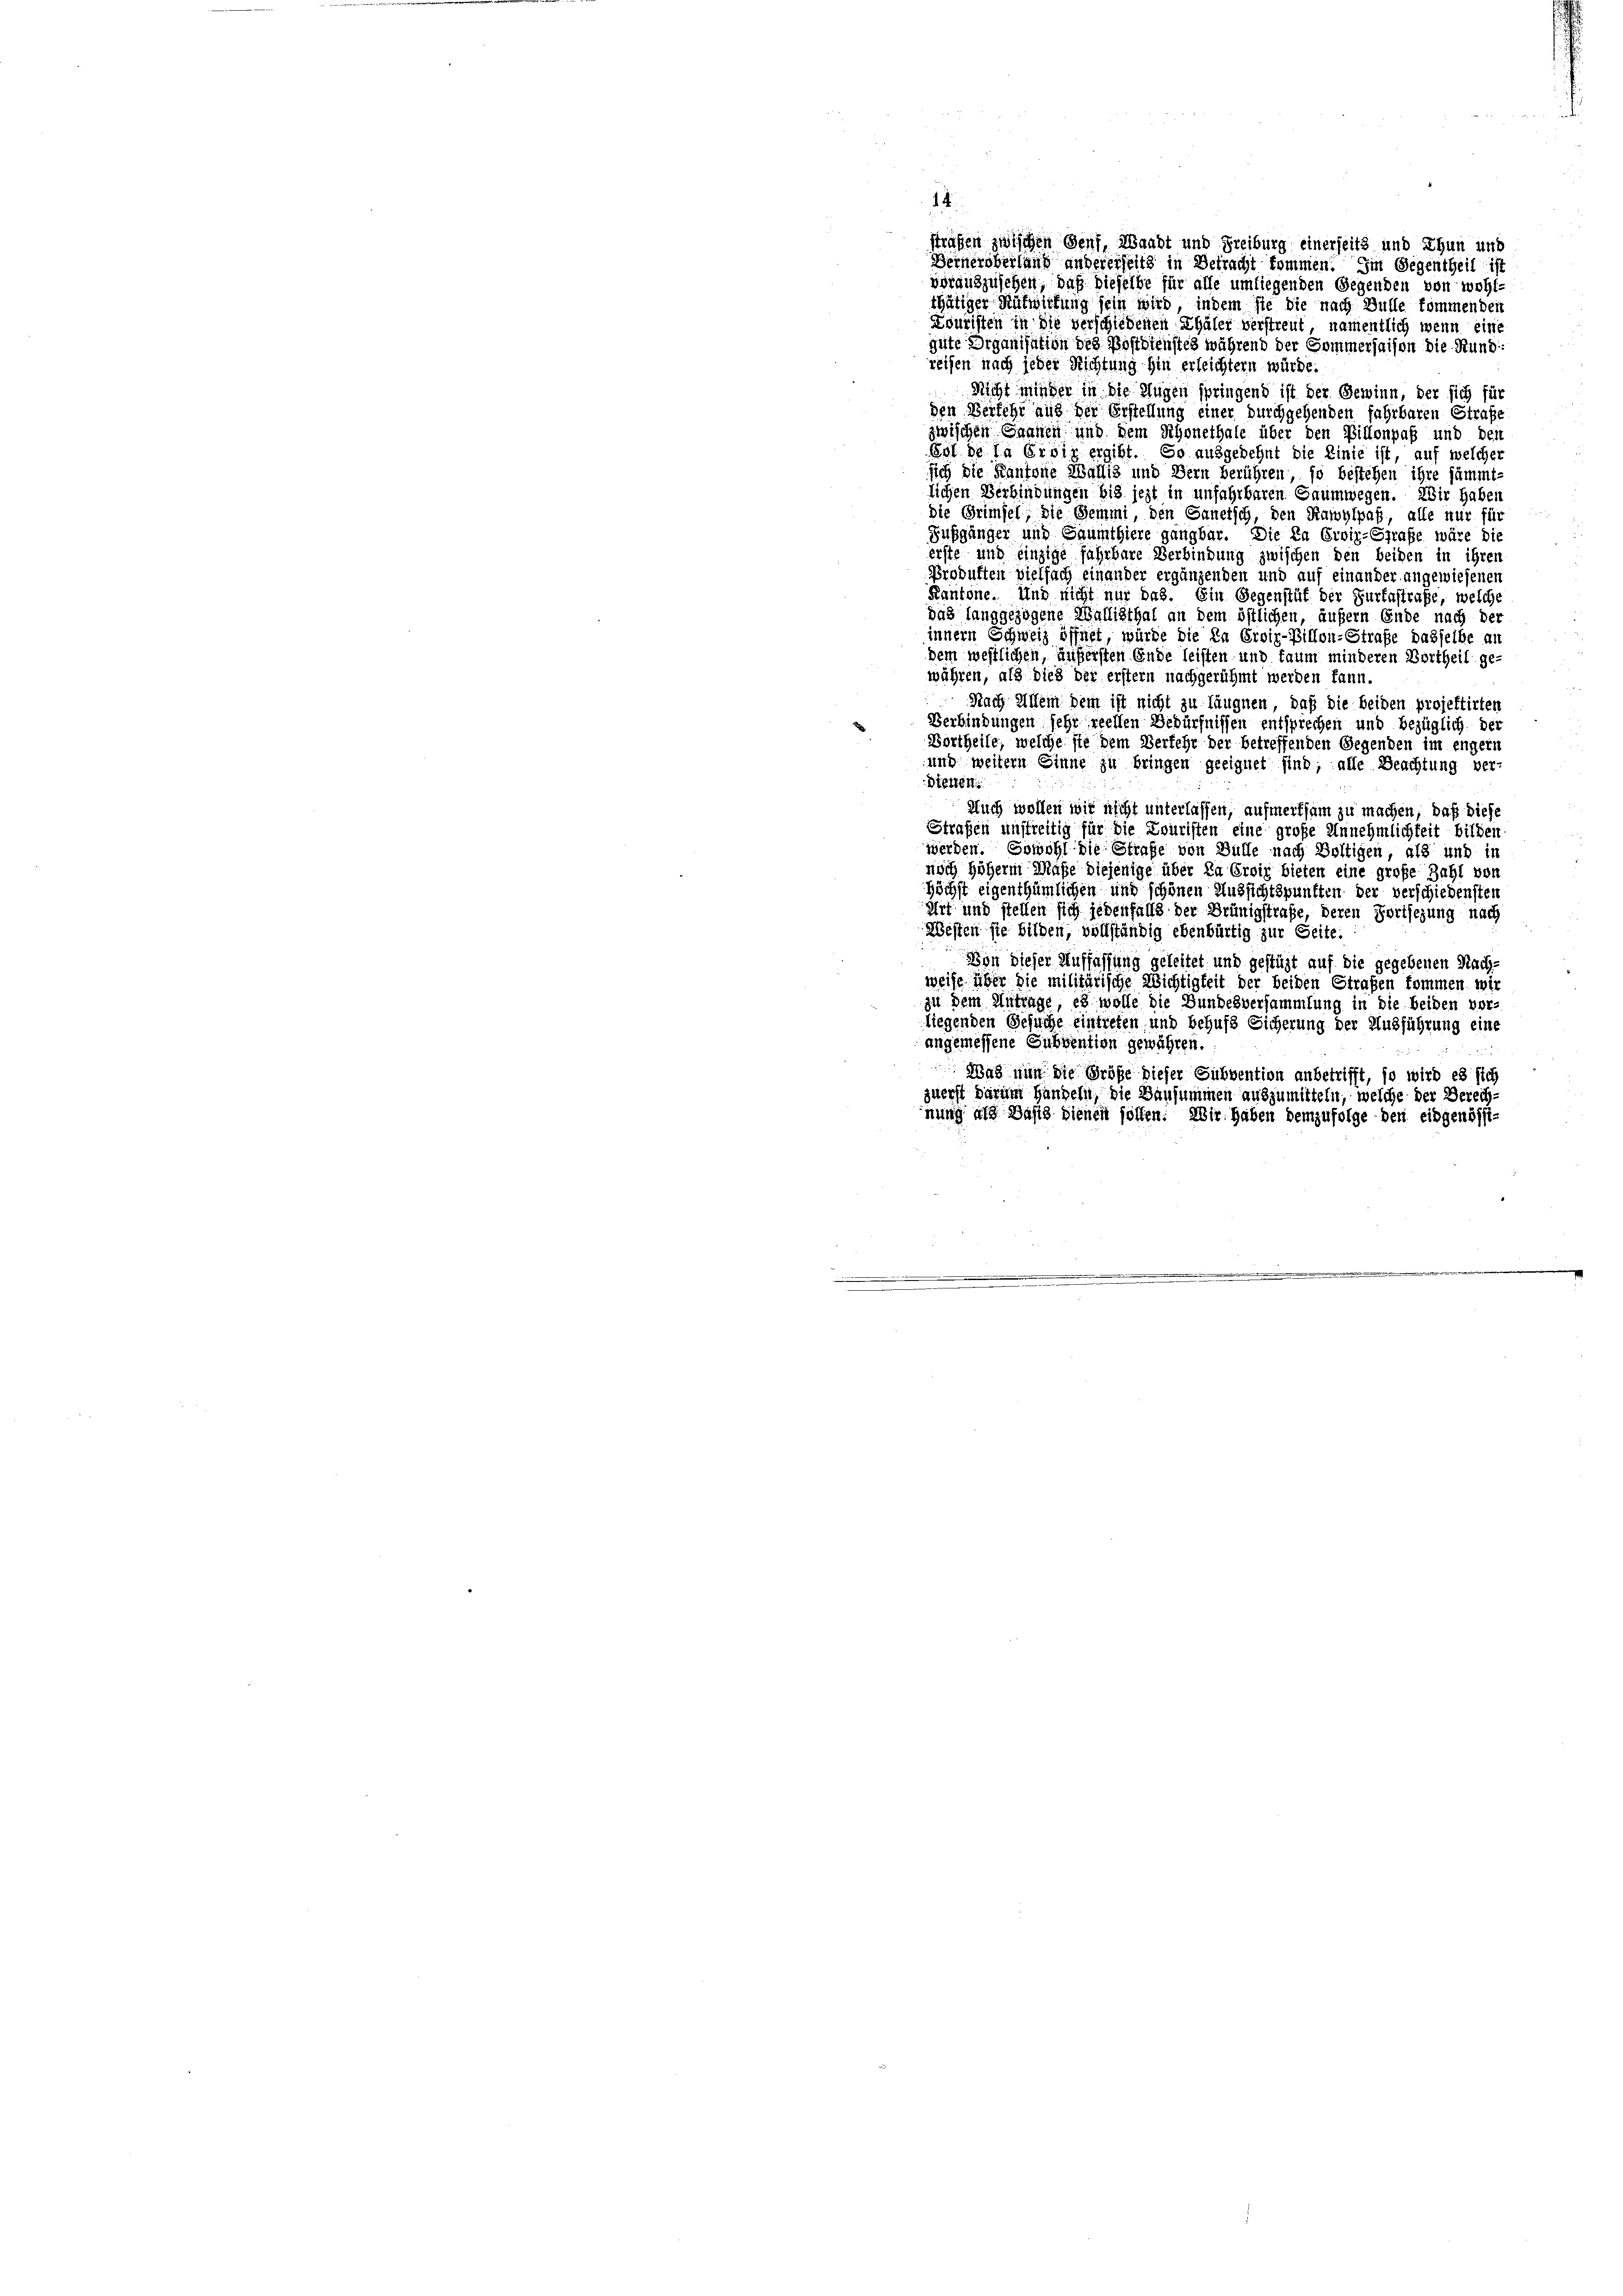
14
straßen zwischen Genf, Waadt und Freiburg einerseits und Thun und
Berneroberlang andererseits in Betracht kommen. Im Gegentheil is
vorauszusehen, daß dieselbe für alle umliegenden Gegenden von wohl-
thätiger Mitwirkung sein wird, indem sie die nach Bulle kommenden
Louristen in die verschiedenen Thäler verstreut, namentlich wenn eine
gute Organisation des Postdienstes während der Sommersaison die Rund:
reifen nach jeder Richtung hin erleichtern würde.
Nicht minder in die Augen springend ist der Gewinn, der sich für
den Verfehr aus der Erstellung einer durchgehenden fahrbaren Strafe
zwischen Grauen und dem Schonethale über den Villonpaß und dei
Ist de la Erdig ergibt. So ausgedehnt die Linie ist, auf welcher
sich die Kantone Wallis und Bern berühren, so bestehen ihre sämmt-
lichen Verbindungen bis jezt in unfahrbaren Gaumwegen. Wir haben
die Grimsel, die Gemmi, den Sanetsch, den Kamylpaß, alle nur für
Fußgänger und Saumthiere gangbar. Die Da Eroiz-Straße wäre die
erste und einzige fahrbare Verbindung zwischen den beiden in ihren
Produkten Vielfach einander ergänzenden und auf einander angewiesenen
Kantone. Und nicht nur das. Ein Gegenstät der Furtastrafe, welche
das langgezogene Wallisthal an dem östlichen, äußern Ende nach der
innern Schweiz öffnet, würde die in Croir-Billon-Strafe dasselbe an
dem westlichen, äußersten Ende leisten und kaum minderen Vortheil gewähren, als dies der erster nachgerühmt werden kann.
Nach Allein dem ist nicht zu läugnen, daß die beiden projektirten
Verbindungen sehr reellen Bedürfnissen entsprechen und bezüglich der
Bortheile, welche sie dem Verfehr der betreffenden Gegenden im engem
und weitern Sinne zu bringen geeignet sind, alle Beachtung ver-
Dierten:
Auch wollen wir nicht unterlassen, aufmerksam zu machen, daß diese
Straßen unstreitig für die Louristen eine große Annehmlichkeit bilden
werden. Sowohl die Strafe von Bülle nach Boltigen, als und in
nisch höherm Maße diejenige über da Erois bieten eine große Zahl von
Höchst eigenthümlichen und schönen Aussichtspunkten der verschiedensten
Art und stellen sich jedenfalls der Brünigstrafe, deren Fortsezung nach
Westenste bilden, vollständig ebenbürtig zur Seite.
Von dieser Auffassung geleitet und gestüzt auf die gegebenen Nach-
weise über die militärische Wichtigkeit der beiden Straßen kommen wir
zu dem Antrage, es wolle die Bundesversammlung in die beiden vor-
liegenden Gesuche eintreten und behufs Sicherung der Ausführung eine
angemessene Subvention gewähren.
Was nun die Größe dieser Subvention anbetrifft, so wird es sich
zuerst darum Handeln, die Bausammen auszumitteln, welche der Berech-
nung als Basis sienen sollen. Wir haben demzufolge den eidgenössi-